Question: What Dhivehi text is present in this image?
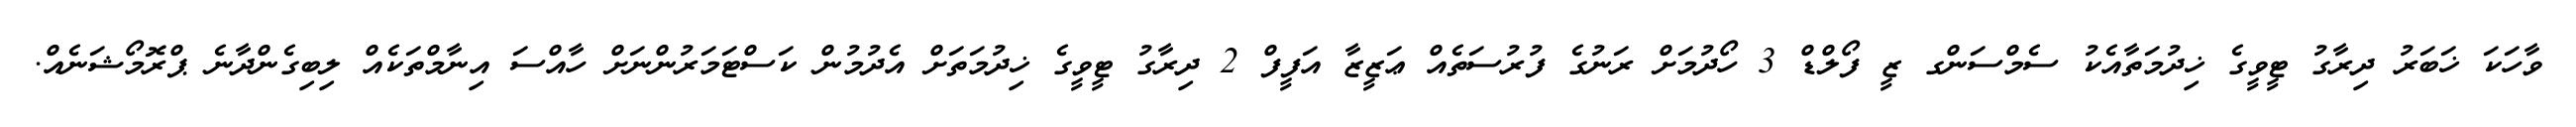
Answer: ވާހަކަ ޚަބަރު ދިރާގު ޓީވީގެ ޚިދުމަތާއެކު ސެމްސަންގ ޒީ ފޯލްޑް 3 ހޯދުމަށް ރަނުގެ ފުރުސަތެއް ޢަޒީޒާ އަފީފް 2 ދިރާގު ޓީވީގެ ޚިދުމަތަށް އެދުމުން ކަސްޓަމަރުންނަށް ހާއްސަ އިނާމްތަކެއް ލިބިގެންދާނެ ޕްރޮމޯޝަނެއް.